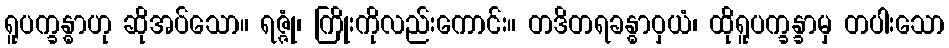
ရူပက္ခန္ဓာဟု ဆိုအပ်သော။ ရဇ္ဇုံ၊ ကြိုးကိုလည်းကောင်း။ တဒိတရခန္ဓာဝှယံ၊ ထိုရူပက္ခန္ခာမှ တပါးသော